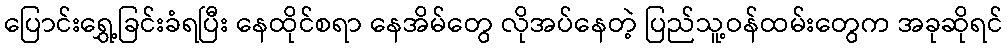
ပြောင်းရွှေ့ခြင်းခံရပြီး နေထိုင်စရာ နေအိမ်တွေ လိုအပ်နေတဲ့ ပြည်သူ့ဝန်ထမ်းတွေက အခုဆိုရင်